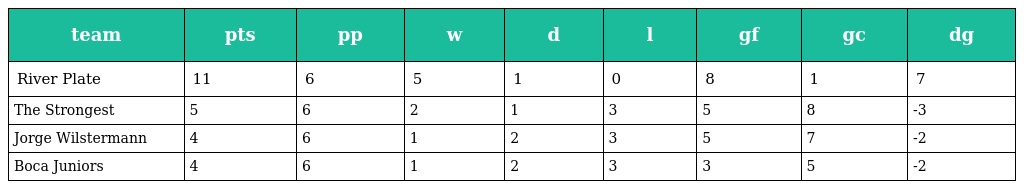
| team | pts | pp | w | d | l | gf | gc | dg |
 | --- | --- | --- | --- | --- | --- | --- | --- | --- |
 | River Plate | 11 | 6 | 5 | 1 | 0 | 8 | 1 | 7 |
 | The Strongest | 5 | 6 | 2 | 1 | 3 | 5 | 8 | -3 |
 | Jorge Wilstermann | 4 | 6 | 1 | 2 | 3 | 5 | 7 | -2 |
 | Boca Juniors | 4 | 6 | 1 | 2 | 3 | 3 | 5 | -2 |